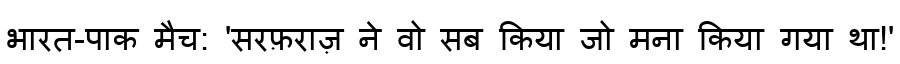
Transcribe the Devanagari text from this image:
भारत-पाक मैच: 'सरफ़राज़ ने वो सब किया जो मना किया गया था!'